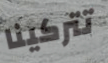
تتركينا